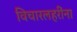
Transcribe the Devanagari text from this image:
विचारलहरींना